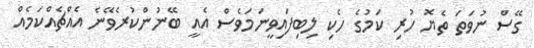
ގޭސް ނުވަތަ ތެޔޮ ހުރި ކަމުގެ ހެކި ލިބިފައިވީނަމަވެސް އެއީ ބޭނުންކުރެވޭނެ އެއްޗެއްކަމެއް